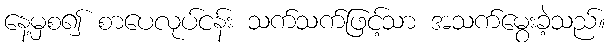
နေ့မှစ၍ စာပေလုပ်ငန်း သက်သက်ဖြင့်သာ အသက်မွေးခဲ့သည်။